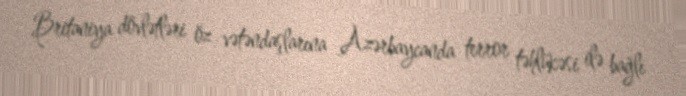
Britaniya dövlətləri öz vətəndaşlarına Azərbaycanda terror təhlükəsi ilə bağlı